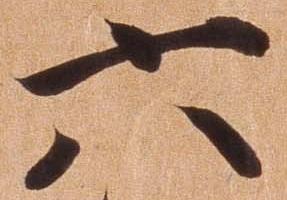
六